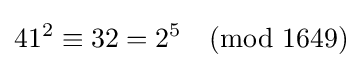
41^{2}\equiv 32=2^{5}{\pmod {1649}}